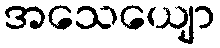
အသေယျော